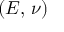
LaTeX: ( E , \, \nu )